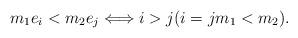
LaTeX: \begin{align*}m_1e_i<m_2e_j\Longleftrightarrow i>j (i=j m_1<m_2).\end{align*}